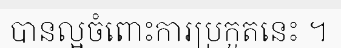
បានល្អចំពោះការប្រកួតនេះ ។